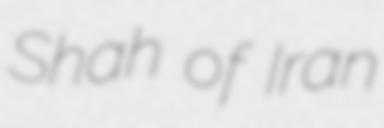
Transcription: Shah of Iran